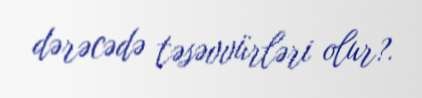
dərəcədə təsəvvürləri olur?.